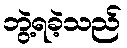
ဘွဲ့ရခဲ့သည်